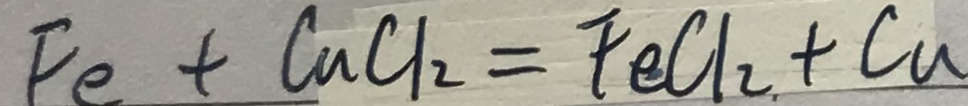
F e + C u C l _ { 2 } = F e C l _ { 2 } + C u